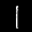
Label: 1